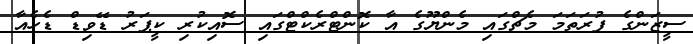
ސީޒަންގެ ފުރަތަމަ މެޗްގައި މެންޔޫގެ އާ ކޮންޓްރެކްޓްގައި ސޮއިކުރި ކީޕަރު ޑޭވިޑް ޑެހެއާ